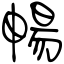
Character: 暢